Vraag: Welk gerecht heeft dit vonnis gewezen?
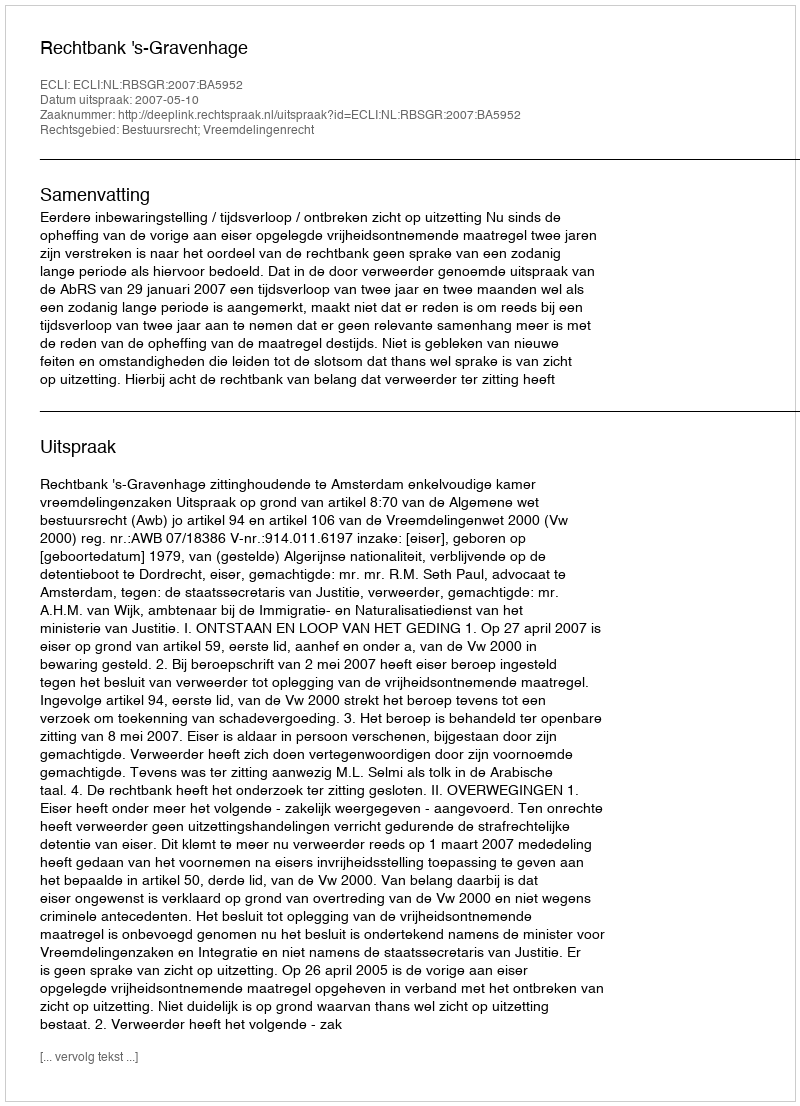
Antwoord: Rechtbank 's-Gravenhage